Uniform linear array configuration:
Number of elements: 8
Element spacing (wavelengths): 1
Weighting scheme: kaiser
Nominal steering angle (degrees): -60
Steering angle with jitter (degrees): -60.051
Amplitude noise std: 0.05
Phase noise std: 0.05

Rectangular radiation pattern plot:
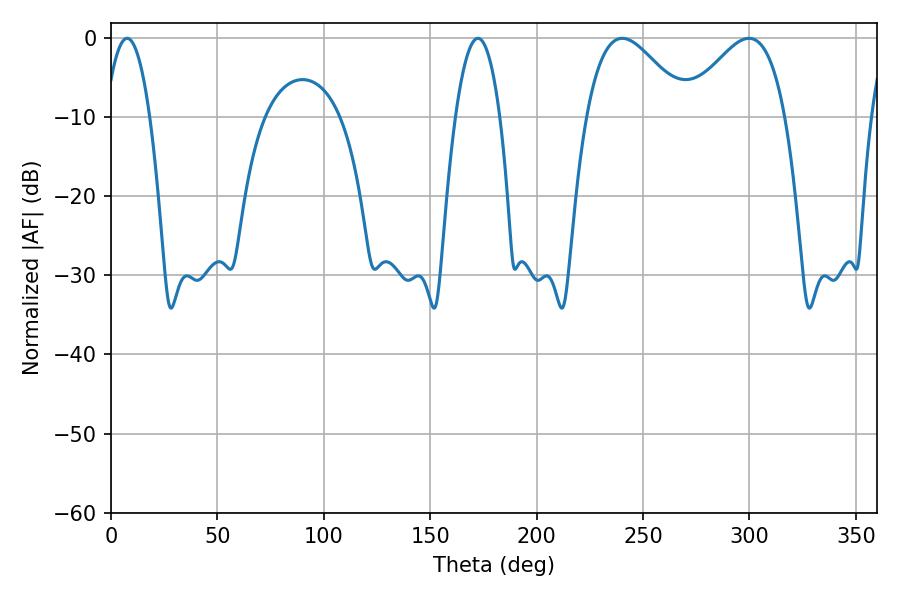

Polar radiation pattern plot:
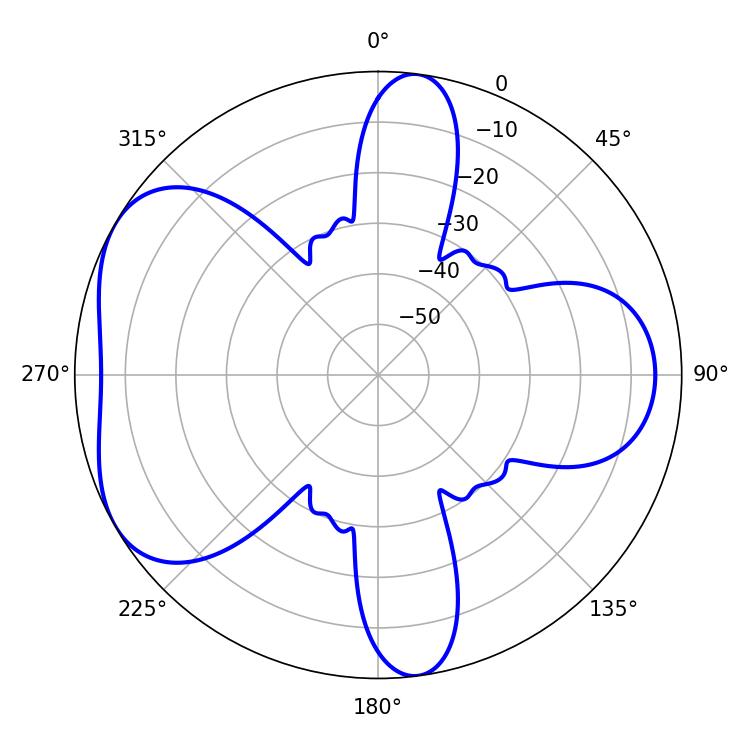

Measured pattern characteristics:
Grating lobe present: TRUE
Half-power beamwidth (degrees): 11.52
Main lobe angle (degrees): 7.56